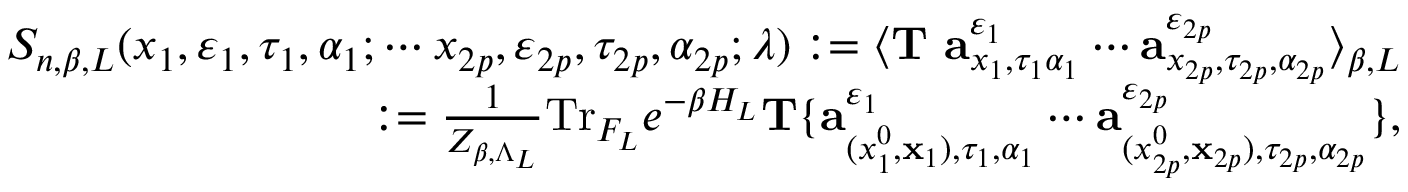
\begin{array} { r l r } & { } & { S _ { n , \beta , L } ( x _ { 1 } , \varepsilon _ { 1 } , \tau _ { 1 } , \alpha _ { 1 } ; \cdots x _ { 2 p } , \varepsilon _ { 2 p } , \tau _ { 2 p } , \alpha _ { 2 p } ; \lambda ) : = \langle { \bf T } \ { \bf a } _ { x _ { 1 } , \tau _ { 1 } \alpha _ { 1 } } ^ { \varepsilon _ { 1 } } \cdots { \bf a } _ { x _ { 2 p } , \tau _ { 2 p } , \alpha _ { 2 p } } ^ { \varepsilon _ { 2 p } } \rangle _ { \beta , L } } \\ & { } & { \quad \quad \quad : = \frac { 1 } { Z _ { \beta , \Lambda _ { L } } } \mathrm { T r } _ { { \cal F } _ { L } } e ^ { - \beta H _ { L } } { \bf T } \{ { \bf a } _ { ( { x _ { 1 } ^ { 0 } } , { \bf x } _ { 1 } ) , \tau _ { 1 } , \alpha _ { 1 } } ^ { \varepsilon _ { 1 } } \cdots { \bf a } _ { ( { x _ { 2 p } ^ { 0 } } , { \bf x } _ { 2 p } ) , \tau _ { 2 p } , \alpha _ { 2 p } } ^ { \varepsilon _ { 2 p } } \} , } \end{array}